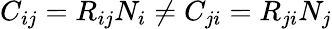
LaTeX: C_{ij}=R_{ij}N_{i}\neq C_{ji}=R_{ji}N_{j}